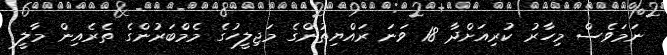
ނަމަވެސް މިހާރު ކުރިއަށްދާ 18 ވަނަ ރައްޔިތުންގެ މަޖިލީހުގެ މެމްބަރުންގެ ތެރެއިން މާލީ